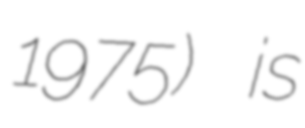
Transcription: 1975) is